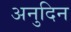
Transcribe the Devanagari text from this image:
अनुदिन